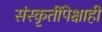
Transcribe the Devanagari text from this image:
संस्कृतींपेक्षाही